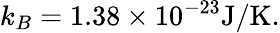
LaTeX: k_{B}=1.38\times 10^{-23}\mathrm{J/K}.